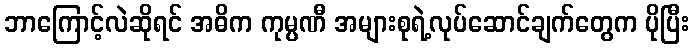
ဘာကြောင့်လဲဆိုရင် အဓိက ကုမ္ပဏီ အများစုရဲ့လုပ်ဆောင်ချက်တွေက ပိုပြီး